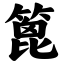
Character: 篦